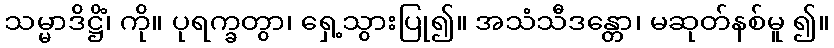
သမ္မာဒိဋ္ဌိံ၊ ကို။ ပုရက္ခတွာ၊ ရှေ့သွားပြု၍။ အသံသီဒန္တော၊ မဆုတ်နစ်မူ ၍။